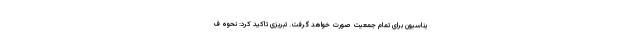
یناسیون برای تمام جمعیت صورت خواهد گرفت. تبریزی تاکید کرد: نحوه ف